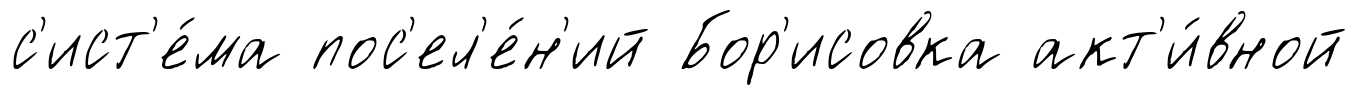
с'ист'е́ма пос'ел'е́н'ий Бор'исовка акт'и́вной